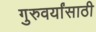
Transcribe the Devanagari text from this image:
गुरुवर्यांसाठी